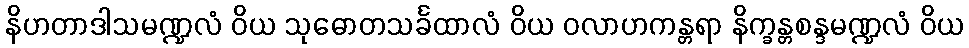
နိဟတာဒါသမဏ္ဍလံ ဝိယ သုဓောတသင်္ခထာလံ ဝိယ ဝလာဟကန္တရာ နိက္ခန္တစန္ဒမဏ္ဍလံ ဝိယ